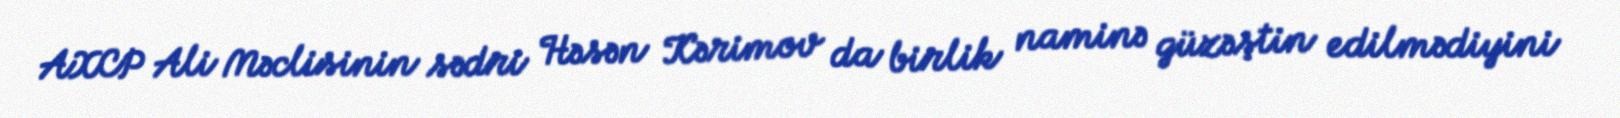
AXCP Ali Məclisinin sədri Həsən Kərimov da birlik naminə güzəştin edilmədiyini